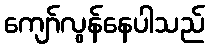
ကျော်လွန်နေပါသည်